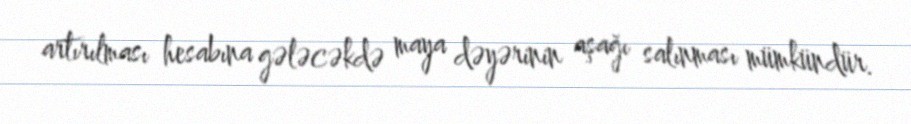
artırılması hesabına gələcəkdə maya dəyərinin aşağı salınması mümkündür.